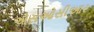
એસઓસીઆર